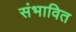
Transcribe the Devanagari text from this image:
संभावित